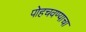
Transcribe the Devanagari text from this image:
पोहचवण्याचा